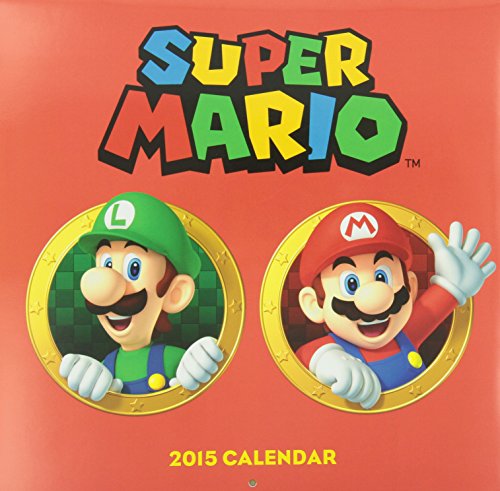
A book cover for Super Mario Brothers 2015 Wall Calendar; Nintendo; Calendars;